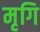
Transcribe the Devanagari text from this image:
मृगि